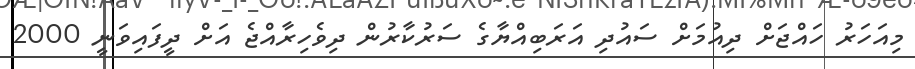
މިއަހަރު ހައްޖަށް ދިއުމަށް ސައުދި އަރަބިއްޔާގެ ސަރުކާރުން ދިވެހިރާއްޖެ އަށް ދީފައިވަނީ 2000